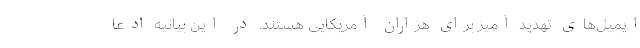
ایمیل‌های تهدید آمیز برای هزاران آمریکایی هستند. در این بیانیه ادعا